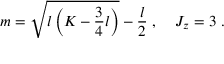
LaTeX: m = \sqrt { l \left( K - \frac { 3 } { 4 } l \right) } - \frac { l } { 2 } \; , \; \; \; \; { \cal J } _ { z } = 3 \; .